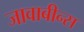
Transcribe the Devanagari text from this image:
जावाबीन्स